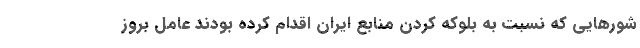
شورهایی که نسبت به بلوکه کردن منابع ایران اقدام کرده بودند عامل بروز